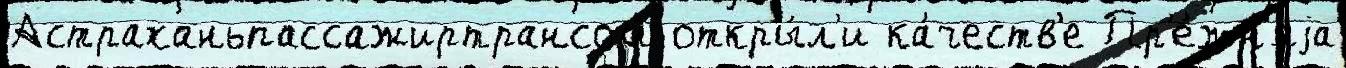
Астраханьпассажиртрансом откры́л'и ка́честв'е Пр'е́жн'яjа